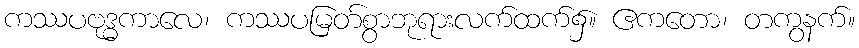
ကဿပဗုဒ္ဓကာလေ၊ ကဿပမြတ်စွာဘုရားလက်ထက်၌။ ဧကတော၊ တကွနက်။